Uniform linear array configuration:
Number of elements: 64
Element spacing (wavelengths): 0.25
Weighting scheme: cosine
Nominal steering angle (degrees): -15
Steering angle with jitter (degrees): -14.963
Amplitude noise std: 0.05
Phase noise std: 0.05

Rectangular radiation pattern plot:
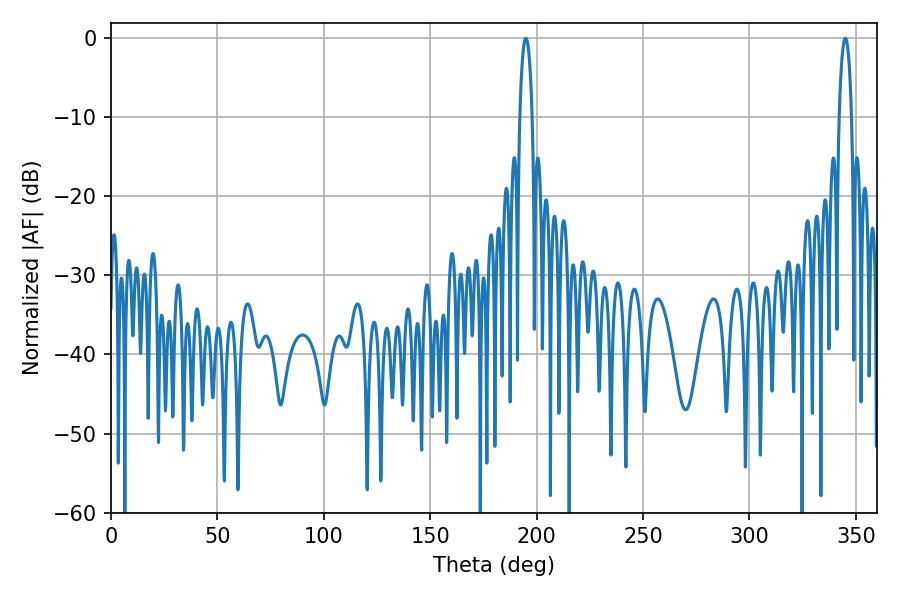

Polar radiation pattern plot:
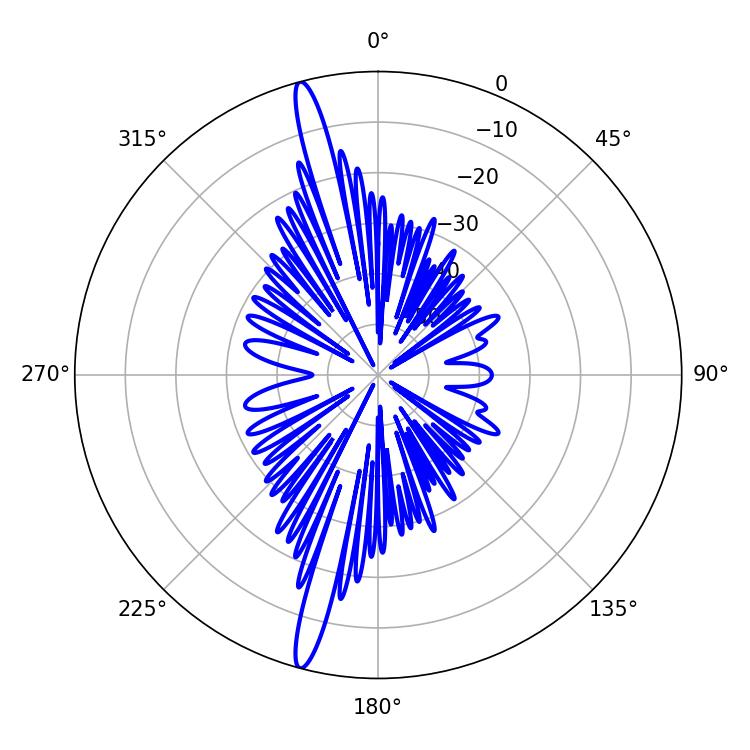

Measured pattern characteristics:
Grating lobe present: FALSE
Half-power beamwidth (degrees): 3.24
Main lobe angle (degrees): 194.94